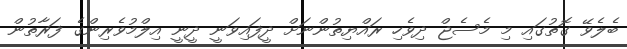
ބެލެވޭ ގޮތުގައި މި މެސެޖް ދިވެހި ރައްޔިތުންނަށް ދީފައިވަނީ ދީނީ އިލްމުވެރިންގެ ފަރާތުން